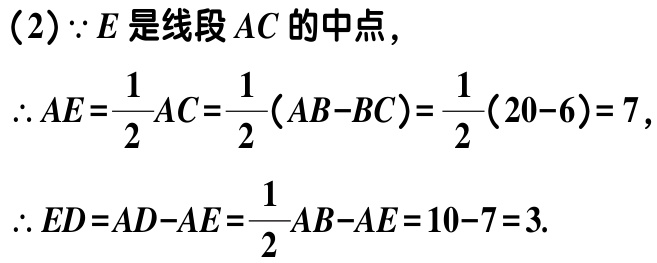
（2）$\because E$是线段$AC$的中点，

$\therefore AE = \dfrac{1}{2}AC=\dfrac{1}{2}(AB - BC)=\dfrac{1}{2}(20 - 6)=7$，

$\therefore ED = AD - AE=\dfrac{1}{2}AB - AE = 10 - 7 = 3.$